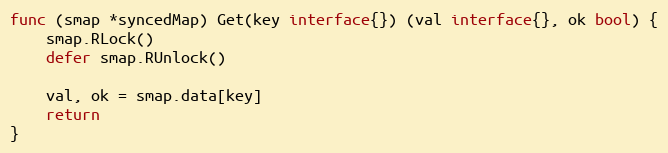
Language: Go
func (smap *syncedMap) Get(key interface{}) (val interface{}, ok bool) {
	smap.RLock()
	defer smap.RUnlock()

	val, ok = smap.data[key]
	return
}